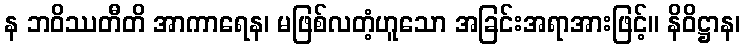
န ဘဝိဿတီတိ အာကာရေန၊ မဖြစ်လတံ့ဟူသော အခြင်းအရာအားဖြင့်။ နိဝိဋ္ဌာန၊